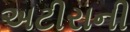
અટીરાની